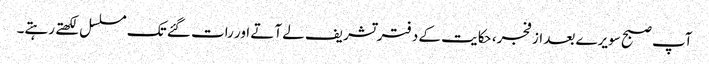
آپ صبح سویرے بعد از فجر، حکایت کے دفتر تشریف لے آتے اور رات گئے تک مسلسل لکھتے رہتے۔